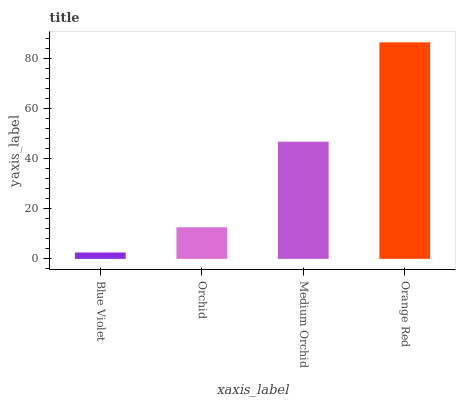
| xaxis_label | bars |
 | --- | --- |
 | Blue Violet | 2.55 |
 | Orchid | 12.6 |
 | Medium Orchid | 46.8 |
 | Orange Red | 86.6 |